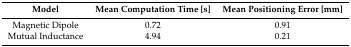
<table><thead><tr><td><b>Model</b></td><td><b>Mean Computation Time [s]</b></td><td><b>Mean Positioning Error [mm]</b></td></tr></thead><tbody><tr><td>Magnetic Dipole</td><td>0.72</td><td>0.91</td></tr><tr><td>Mutual Inductance</td><td>4.94</td><td>0.21</td></tr></tbody></table>